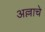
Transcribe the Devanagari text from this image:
अल्लाचे